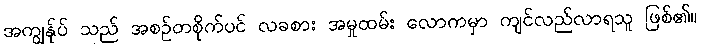
အကျွန်ုပ် သည် အစဉ်တစိုက်ပင် လခစား အမှုထမ်း လောကမှာ ကျင်လည်လာရသူ ဖြစ်၏။